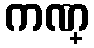
ကဏ္